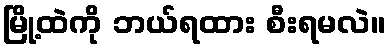
မြို့ထဲကို ဘယ်ရထား စီးရမလဲ။